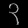
Digit: ၃